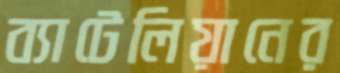
ব্যাটেলিয়ানের